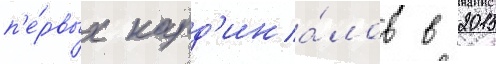
п'е́рвых кард'ина́лов в 2015